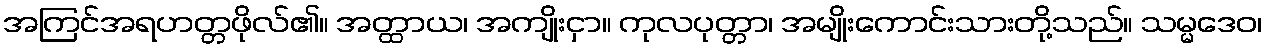
အကြင်အရဟတ္တဖိုလ်၏။ အတ္ထာယ၊ အကျိုးငှာ။ ကုလပုတ္တာ၊ အမျိုးကောင်းသားတို့သည်။ သမ္မဒေဝ၊